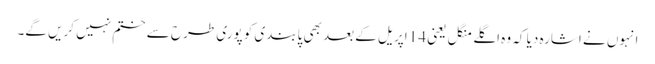
انہوں نے اشارہ دیا کہ وہ اگلے منگل یعنی 14 اپریل کے بعد بھی پابندی کو پوری طرح سے ختم نہیں کریں گے۔